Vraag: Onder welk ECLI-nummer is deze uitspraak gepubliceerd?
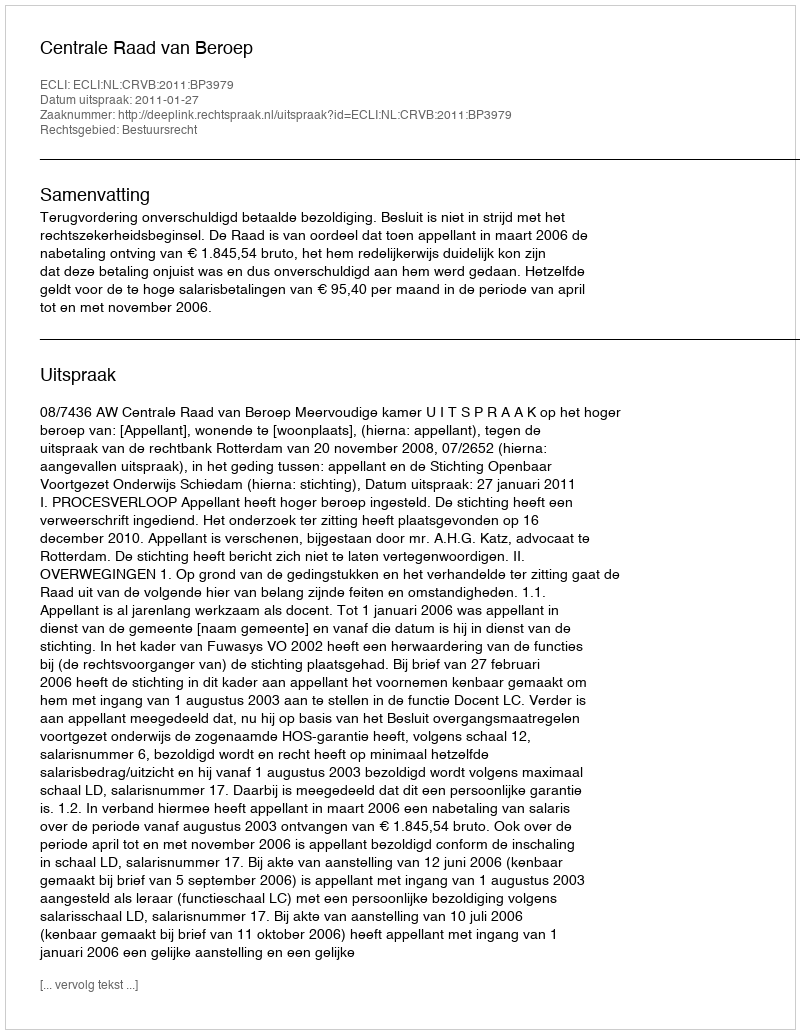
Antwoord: ECLI:NL:CRVB:2011:BP3979